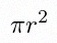
\pi r^2